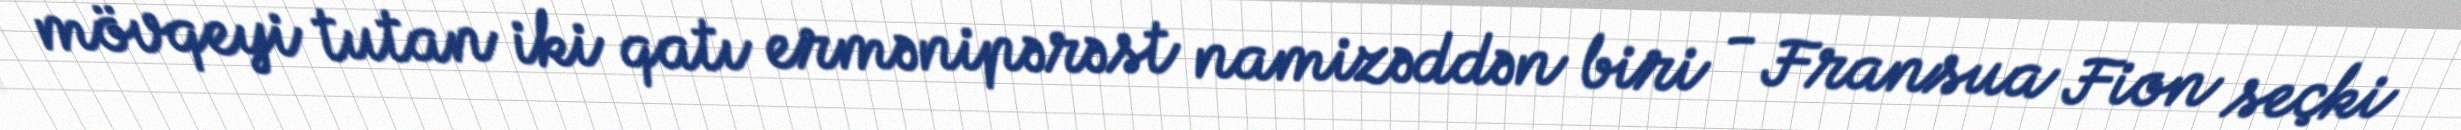
mövqeyi tutan iki qatı ermənipərəst namizəddən biri - Fransua Fion seçki